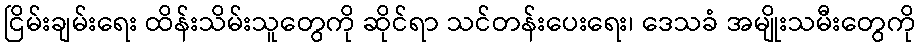
ငြိမ်းချမ်းရေး ထိန်းသိမ်းသူတွေကို ဆိုင်ရာ သင်တန်းပေးရေး၊ ဒေသခံ အမျိုးသမီးတွေကို